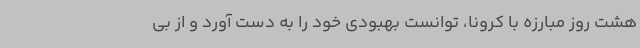
هشت روز مبارزه با کرونا، توانست بهبودی خود را به دست آورد و از بی